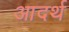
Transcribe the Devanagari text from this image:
आदर्थ